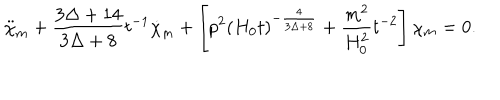
\ddot { \chi } _ { m } + \frac { 3 \Delta + 1 4 } { 3 \Delta + 8 } t ^ { - 1 } \dot { \chi } _ { m } + \left[ p ^ { 2 } \left( H _ { 0 } t \right) ^ { - \frac { 4 } { 3 \Delta + 8 } } + \frac { m ^ { 2 } } { H _ { 0 } ^ { 2 } } t ^ { - 2 } \right] \chi _ { m } = 0 .